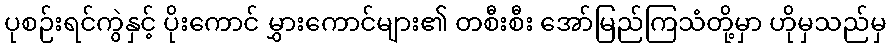
ပုစဉ်းရင်ကွဲနှင့် ပိုးကောင် မွှားကောင်များ၏ တစီးစီး အော်မြည်ကြသံတို့မှာ ဟိုမှသည်မှ